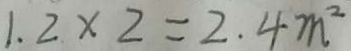
1 . 2 \times 2 = 2 . 4 m ^ { 2 }